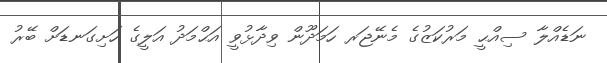
ނަޑެއްލާ ސިއްޙީ މަރުކަޒުގެ މެނޭޖަރ ހަމަދޫން ވިދާޅުވީ އަޙްމަދު އަލީގެ ހަށިގަނޑަށް ބޭރު